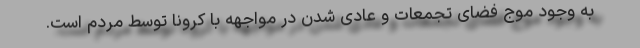
به وجود موج فضای تجمعات و عادی شدن در مواجهه با کرونا توسط مردم است.